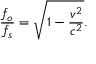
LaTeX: { \frac { f _ { o } } { f _ { s } } } = { \sqrt { 1 - { \frac { v ^ { 2 } } { c ^ { 2 } } } } } .